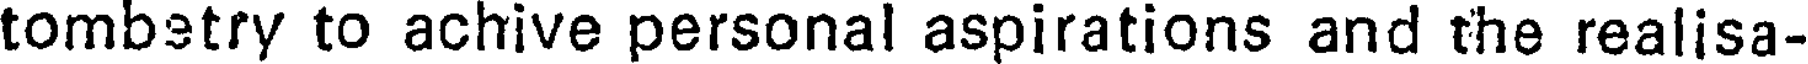
tombstry to achive personal aspirations and the realisa-